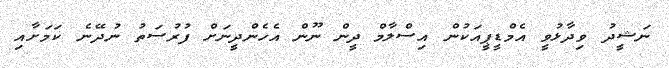
ނަޝީދު ވިދާޅުވީ އެމްޑީޕީއަކުން އިސްލާމް ދީން ނޫން އެހެންދީނަށް ފުރުސަތު ނުދޭނެ ކަމަށާއި